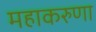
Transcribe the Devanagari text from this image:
महाकरुणा